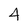
Character: 4